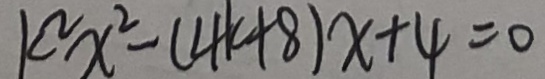
k ^ { 2 } x ^ { 2 } - ( 4 k + 8 ) x + 4 = 0